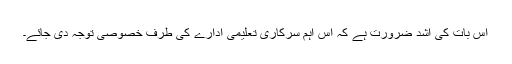
اس بات کی اشد ضرورت ہے کہ اس اہم سرکاری تعلیمی ادارے کی طرف خصوصی توجہ دی جائے۔